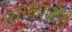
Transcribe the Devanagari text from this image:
त्याकाळीही